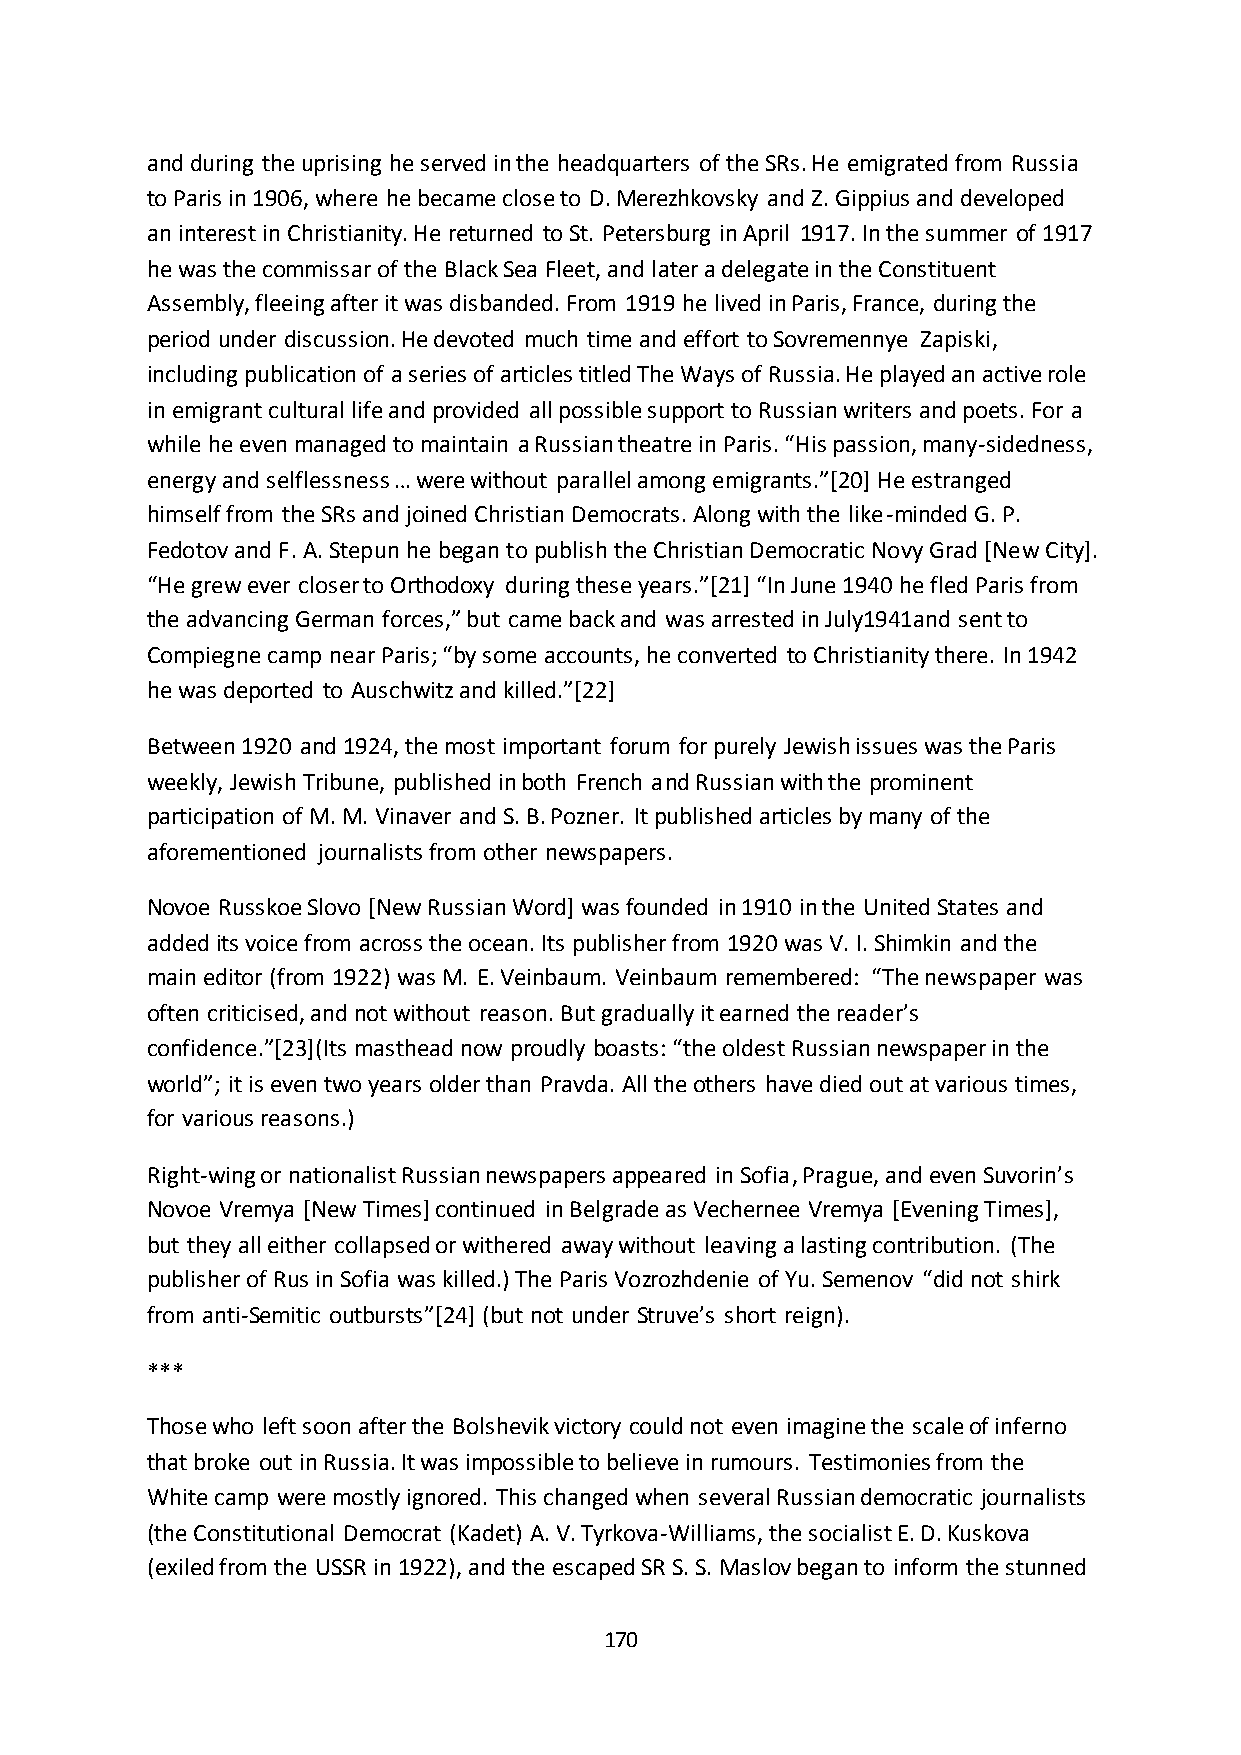
and during the uprising he served in the headquarters of the SRs. He emigrated from Russia
 to Paris in 1906, where he became close to D. Merezhkovsky and Z. Gippius and developed
 an interest in Christianity. He returned to St. Petersburg in April 1917. In the summer of 1917
 he was the commissar of the Black Sea Fleet, and later a delegate in the Constituent
 Assembly, fleeing after it was disbanded. From 1919 he lived in Paris, France, during the
 period under discussion. He devoted much time and effort to Sovremennye Zapiski,
 including publication of a series of articles titled The Ways of Russia. He played an active role
 in emigrant cultural life and provided all possible support to Russian writers and poets. For a
 while he even managed to maintain a Russian theatre in Paris. “His passion, many-sidedness,
 energy and selflessness … were without parallel among emigrants.”*20+ He estranged
 himself from the SRs and joined Christian Democrats. Along with the like-minded G. P.
 Fedotov and F. A. Stepun he began to publish the Christian Democratic Novy Grad [New City].
 “He grew ever closer to Orthodoxy during these years.”*21+ “In June 1940 he fled Paris from
 the advancing German forces,” but came back and was arrested in July1941and sent to
 Compiegne camp near Paris; “by some accounts, he converted to Christianity there. In 1942
 he was deported to Auschwitz and killed.”*22+
 Between 1920 and 1924, the most important forum for purely Jewish issues was the Paris
 weekly, Jewish Tribune, published in both French and Russian with the prominent
 participation of M. M. Vinaver and S. B. Pozner. It published articles by many of the
 aforementioned journalists from other newspapers.
 Novoe Russkoe Slovo [New Russian Word] was founded in 1910 in the United States and
 added its voice from across the ocean. Its publisher from 1920 was V. I. Shimkin and the
 main editor (from 1922) was M. E. Veinbaum. Veinbaum remembered: “The newspaper was
 often criticised, and not without reason. But gradually it earned the reader’s
 confidence.”*23+(Its masthead now proudly boasts: “the oldest Russian newspaper in the
 world”; it is even two years older than Pravda. All the others have died out at various times,
 for various reasons.)
 Right-wing or nationalist Russian newspapers appeared in Sofia, Prague, and even Suvorin’s
 Novoe Vremya [New Times] continued in Belgrade as Vechernee Vremya [Evening Times],
 but they all either collapsed or withered away without leaving a lasting contribution. (The
 publisher of Rus in Sofia was killed.) The Paris Vozrozhdenie of Yu. Semenov “did not shirk
 from anti-Semitic outbursts”*24+ (but not under Struve’s short reign).
 ***
 Those who left soon after the Bolshevik victory could not even imagine the scale of inferno
 that broke out in Russia. It was impossible to believe in rumours. Testimonies from the
 White camp were mostly ignored. This changed when several Russian democratic journalists
 (the Constitutional Democrat (Kadet) A. V. Tyrkova-Williams, the socialist E. D. Kuskova
 (exiled from the USSR in 1922), and the escaped SR S. S. Maslov began to inform the stunned
 170